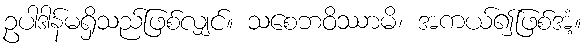
ဥပါဒါန်မရှိသည်ဖြစ်လျှင်။ သစေဘဝိဿာမိ၊ အကယ်၍ဖြစ်အံ့။